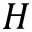
H